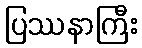
ပြဿနာကြီး